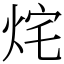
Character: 烢